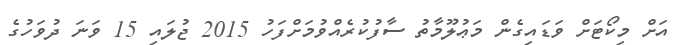
އަށް މިކޯޓަށް ވަޑައިގެން މަޢުލޫމާތު ސާފުކުރެއްވުމަށްފަހު 2015 ޖުލައި 15 ވަނަ ދުވަހުގެ